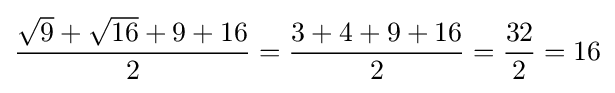
{\frac {{\sqrt {9}}+{\sqrt {16}}+9+16}{2}}={\frac {3+4+9+16}{2}}={\frac {32}{2}}=16